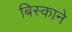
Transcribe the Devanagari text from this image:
बिस्काने